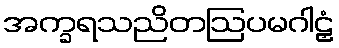
အက္ခရသညိတဩပမဂါဠှံ